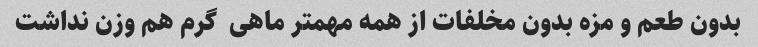
بدون طعم و مزه بدون مخلفات از همه مهمتر ماهی  گرم هم وزن نداشت